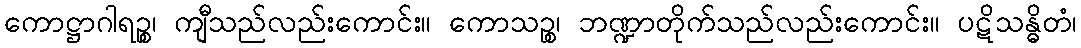
ကောဋ္ဌာဂါရဉ္စ၊ ကျီသည်လည်းကောင်း။ ကောသဉ္စ၊ ဘဏ္ဍာတိုက်သည်လည်းကောင်း။ ပဋိသန္ဓိတံ၊